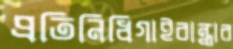
প্রতিনিধিগাইবান্ধার